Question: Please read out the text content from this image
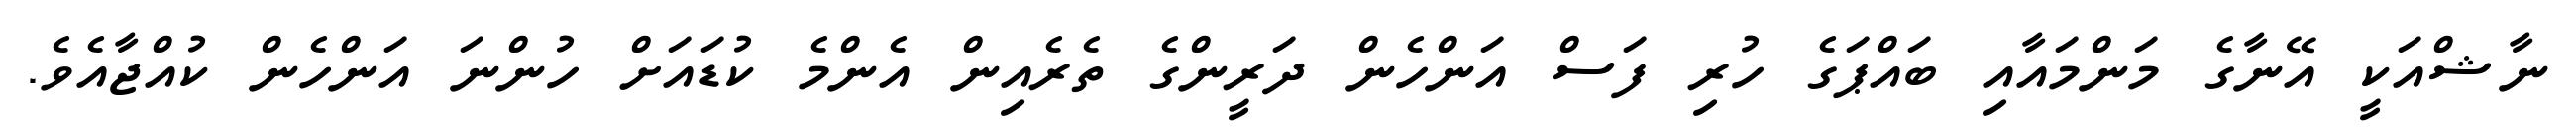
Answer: ނާޝްއަކީ އޭނާގެ މަންމައާއި ބައްޕަގެ ހުރި ފަސް އަންހެން ދަރީންގެ ތެރެއިން އެންމެ ކުޑައަށް ހުންނަ އަންހެން ކުއްޖާއެވެ.